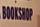
bookshop